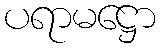
ပရာမဋ္ဌော